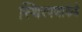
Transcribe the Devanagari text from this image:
स्थिरपणाकडे